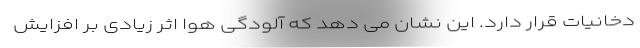
دخانیات قرار دارد. این نشان می دهد که آلودگی هوا اثر زیادی بر افزایش